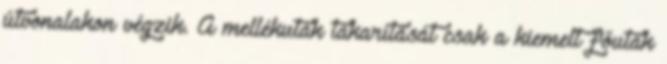
útvonalakon végzik. A mellékutak takarítását csak a kiemelt főutak